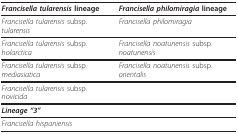
<table><thead><tr><td><b><i>Francisella tularensis </i>lineage</b></td><td><b><i>Francisella philomiragia </i>lineage</b></td></tr></thead><tbody><tr><td><i>Francisella tularensis </i>subsp. <i>tularensis</i></td><td><i>Francisella philomiragia</i></td></tr><tr><td><i>Francisella tularensis </i>subsp. <i>holarctica</i></td><td><i>Francisella noatunensis </i>subsp. <i>noatunensis</i></td></tr><tr><td><i>Francisella tularensis </i>subsp. <i>mediasiatica</i></td><td><i>Francisella noatunensis </i>subsp. <i>orientalis</i></td></tr><tr><td><i>Francisella tularensis </i>subsp. <i>novicida</i></td><td></td></tr><tr><td><b><i>Lineage &quot;3&quot;</i></b></td><td></td></tr><tr><td><i>Francisella hispaniensis</i></td><td></td></tr></tbody></table>